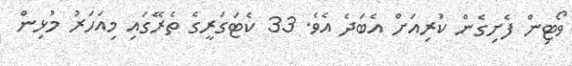
ވޯޓިން ފެށިގެން ކުރިއަށް އެބަދެ އެެވެ. 33 ކެޓަގަރީގެ ތެރޭގައި މިއަހަރު މުޅިން